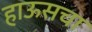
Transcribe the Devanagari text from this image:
हाऊसचा